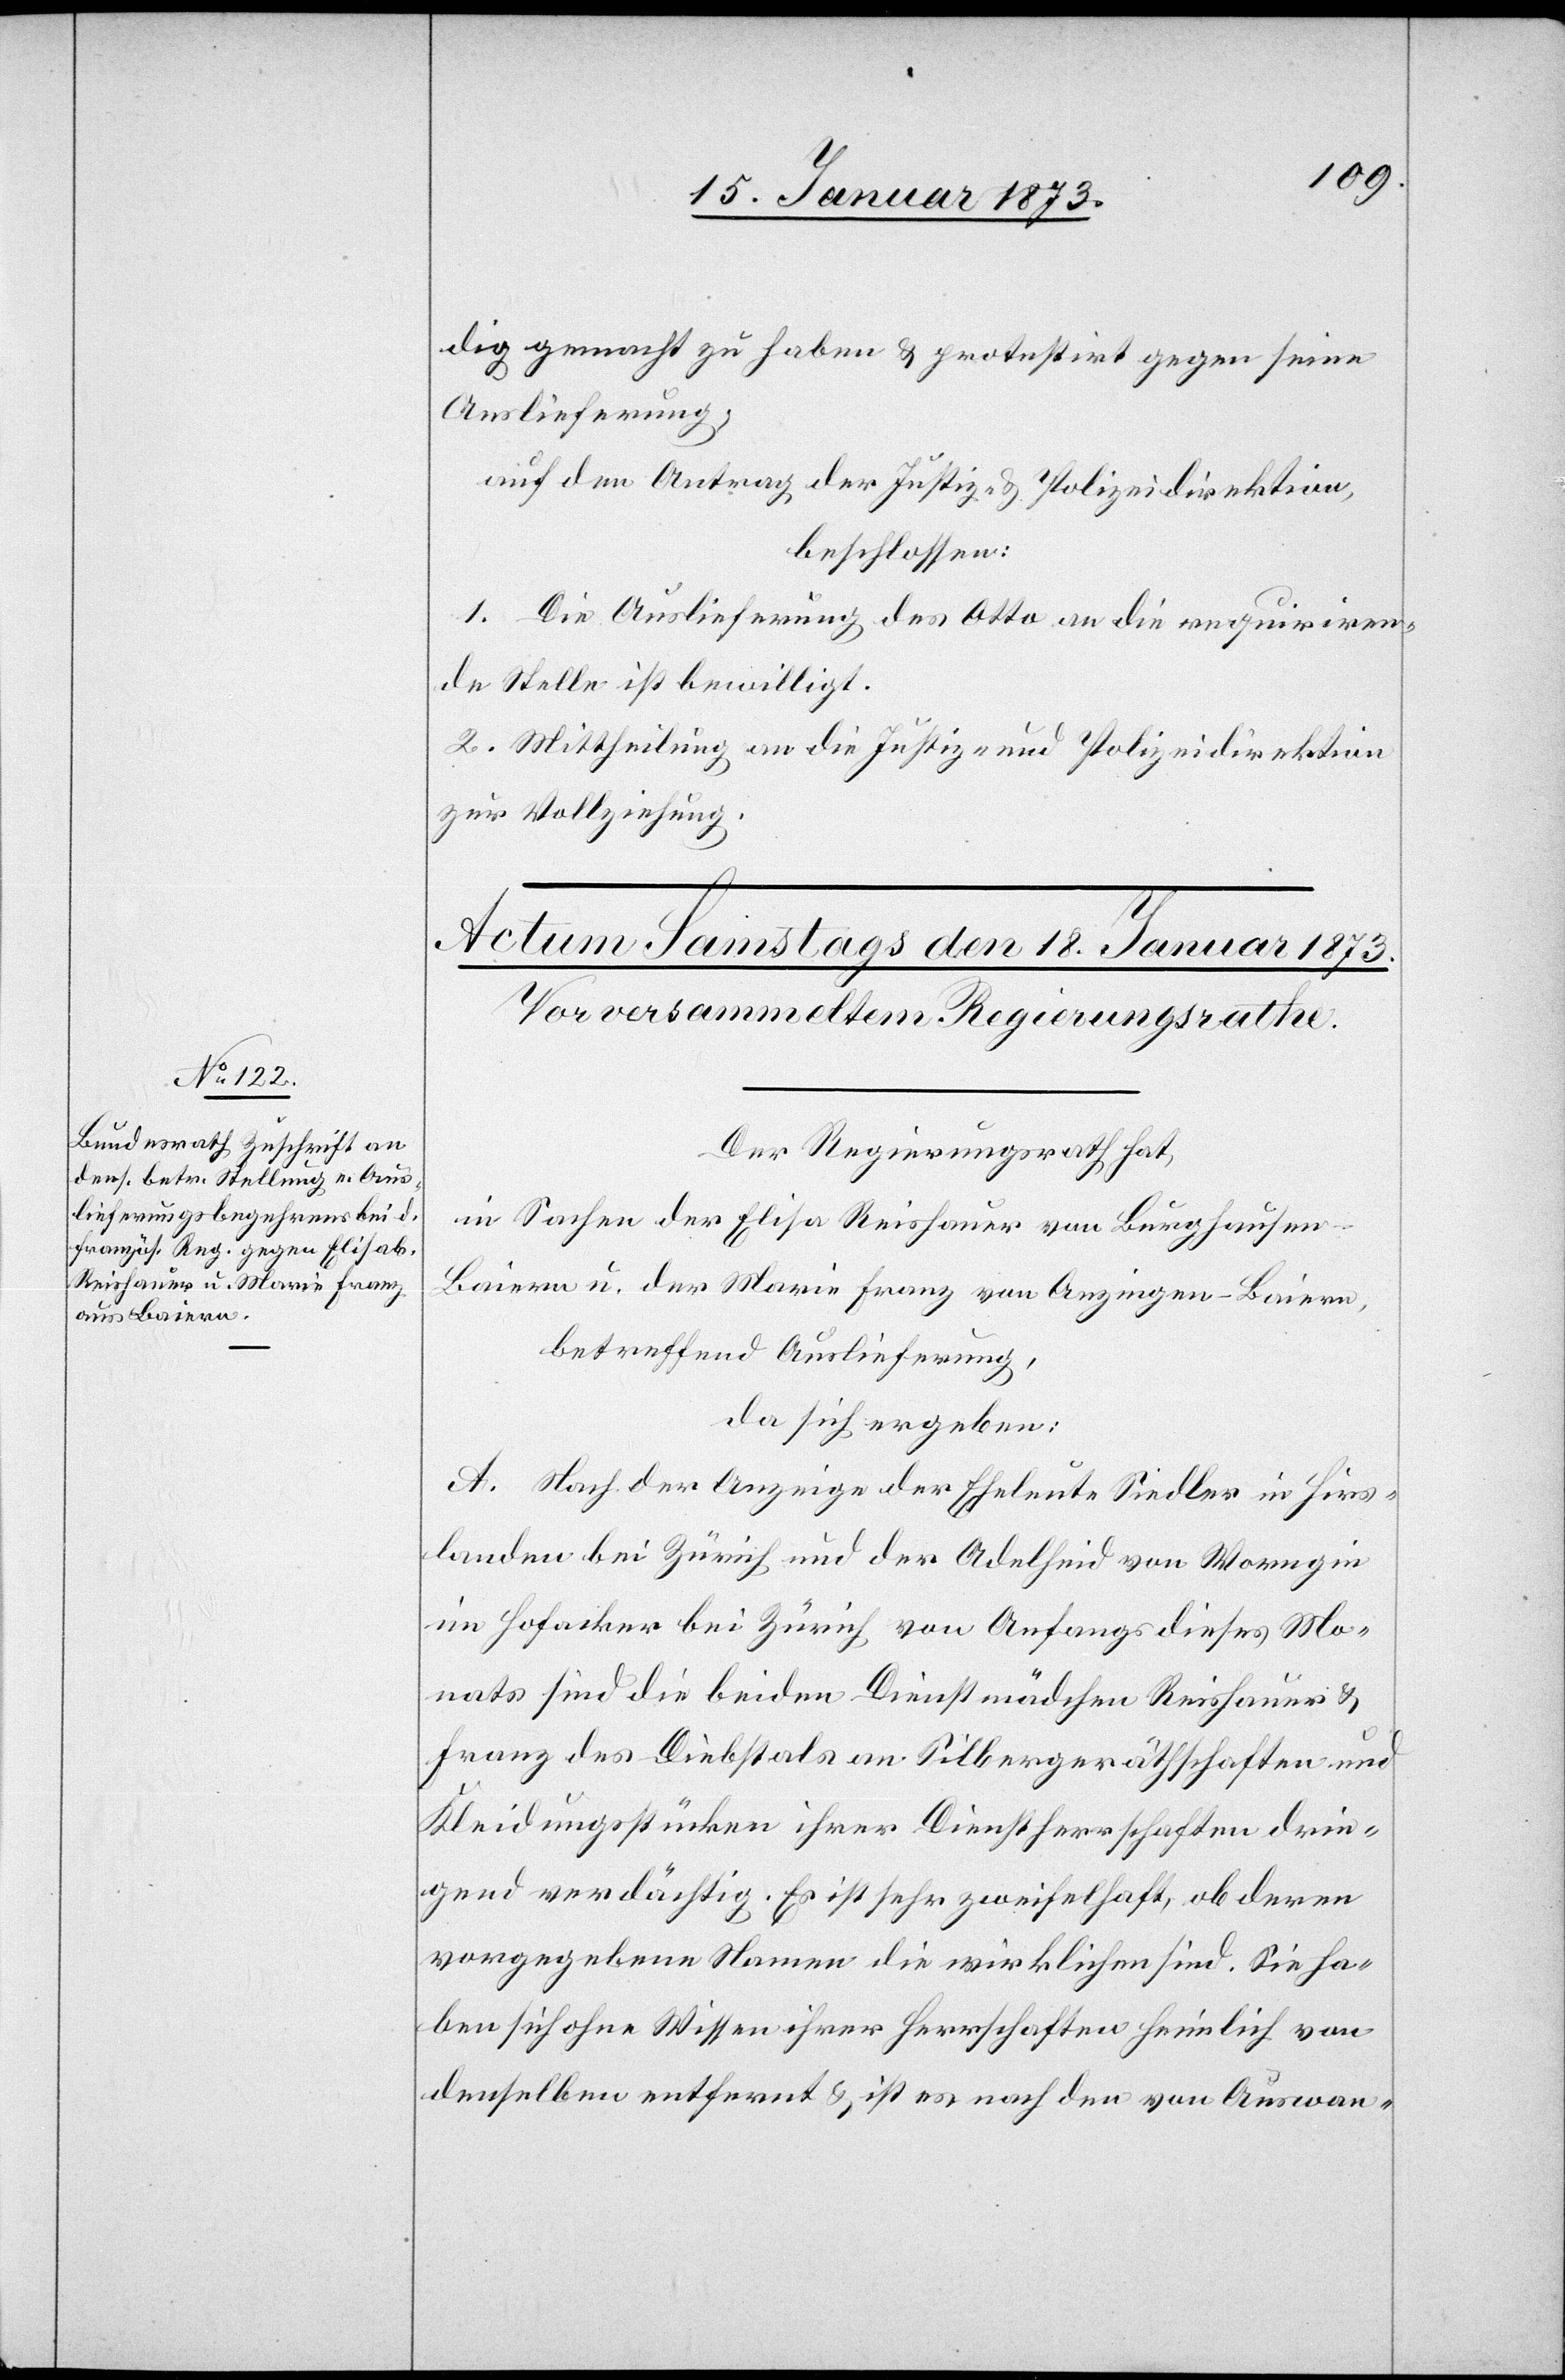
dig gemacht zu haben u. protestirt gegen seine
Auslieferung,
auf den Antrag der Justiz- u. Polizeidirektion,
beschlossen:
1. Die Auslieferung des Otto an die requiriren¬
de Stelle ist bewilligt.
2. Mittheilung an die Justiz- und Polizeidirektion
zur Vollziehung.
Der Regierungsrath hat,
in Sachen der Elisa Reishauer von Burghausen-B¬
aiern u. der Marie Franz von Anzingen-Baiern
betreffend Auslieferung,
da sich ergeben:
A. Nach der Anzeige der Eheleute Siedler in Hirs¬
landen bei Zürich und der Adelheid von Marin
im Hofacker bei Zürich von Anfangs dieses Mo¬
nats sind die beiden Dienstmädchen Reishauer u.
Franz des Diebstals an Silbergeräthschaften und
Kleidungsstücken ihrer Dienstherrschaften drin¬
gend verdächtig. Es ist sehr zweifelhaft, ob deren
vorgegebene Namen die wirklichen sind. Sie ha¬
ben sich ohne Wissen ihrer Herrschaften heimlich von
denselben entfernt u. ist es nach den von Auswan-